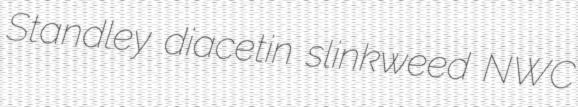
Standley diacetin slinkweed NWC